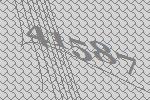
41587